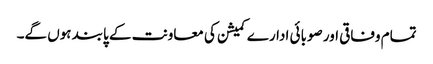
تمام وفاقی اور صوبائی ادارے کمیشن کی معاونت کے پابند ہوں گے۔